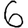
Digit: 6